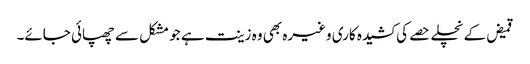
قمیض کے نچلے حصے کی کشیدہ کاری وغیرہ بھی وہ زینت ہے جو مشکل سے چھپائی جائے۔